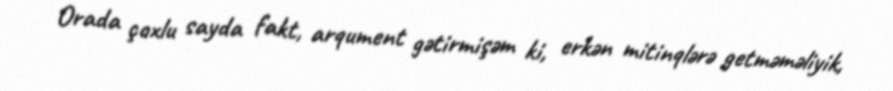
Orada çoxlu sayda fakt, arqument gətirmişəm ki, erkən mitinqlərə getməməliyik,